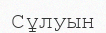
Сұлуын